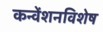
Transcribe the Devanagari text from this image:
कन्वेंशनविशेष